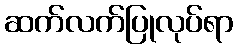
ဆက်လက်ပြုလုပ်ရာ